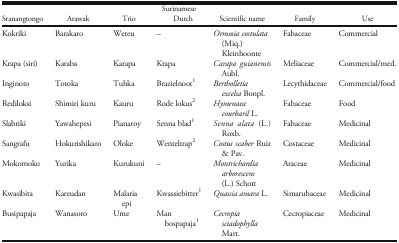
| Sranangtongo | Arawak | Trio | Surinamese Dutch | Scientific name | Family | Use |
 | --- | --- | --- | --- | --- | --- | --- |
 | Kokriki | Barakaro | Weteu | – | Ormosia costulata (Miq.) Kleinhoonte | Fabaceae | Commercial |
 | Krapa (siri) | Karaba | Karapa | Krapa | Carapa guianensis Aubl. | Meliaceae | Commercial/med. |
 | Inginoto | Totoka | Tuhka | Brazielnoot1 | Bertholletia excelsa Bonpl. | Lecythidaceae | Commercial/food |
 | Rediloksi | Shimiri kuru | Kauru | Rode lokus2 | Hymenaea courbaril L. | Fabaceae | Food |
 | Slabriki | Yawahepesi | Pianaroy | Senna blad1 | Senna alata (L.) Roxb. | Fabaceae | Medicinal |
 | Sangrafu | Hokurishikaro | Oloke | Wenteltrap2 | Costus scaber Ruiz & Pav. | Costaceae | Medicinal |
 | Mokomoko | Yurika | Kurukuni | – | Montrichardia arborescens (L.) Schott | Araceae | Medicinal |
 | Kwasibita | Kareudan | Malaria epi | Kwassiebitter1 | Quassia amara L. | Simarubaceae | Medicinal |
 | Busipapaja | Wanasoro | Ume | Man bospapaja1 | Cecropia sciadophylla Mart. | Cecropiaceae | Medicinal |